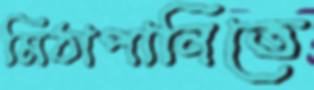
মিঠাপানিতে